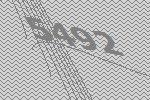
5492